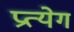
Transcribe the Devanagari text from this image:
प्रत्येग